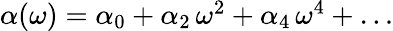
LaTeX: \begin{array}{r}{\alpha(\omega)=\alpha_{0}+\alpha_{2}\, \omega^{2}+\alpha_{4}\, \omega^{4}+\ldots}\end{array}